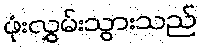
ဖုံးလွှမ်းသွားသည်